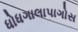
ધોધગાલાપાગોસ